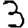
Digit: 3